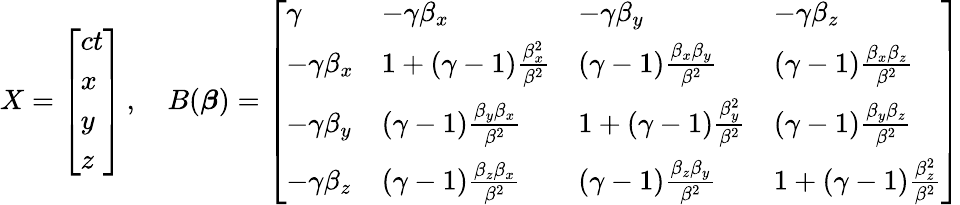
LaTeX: X={\left[\begin{array}{l}{ct}\\ {x}\\ {y}\\ {z}\end{array}\right]}\, ,\quad B({\boldsymbol{\beta}})={\left[\begin{array}{llll}{\gamma}&{-\gamma\beta_{x}}&{-\gamma\beta_{y}}&{-\gamma\beta_{z}}\\ {-\gamma\beta_{x}}&{1+(\gamma-1){\frac{\beta_{x}^{2}}{\beta^{2}}}}&{(\gamma-1){\frac{\beta_{x}\beta_{y}}{\beta^{2}}}}&{(\gamma-1){\frac{\beta_{x}\beta_{z}}{\beta^{2}}}}\\ {-\gamma\beta_{y}}&{(\gamma-1){\frac{\beta_{y}\beta_{x}}{\beta^{2}}}}&{1+(\gamma-1){\frac{\beta_{y}^{2}}{\beta^{2}}}}&{(\gamma-1){\frac{\beta_{y}\beta_{z}}{\beta^{2}}}}\\ {-\gamma\beta_{z}}&{(\gamma-1){\frac{\beta_{z}\beta_{x}}{\beta^{2}}}}&{(\gamma-1){\frac{\beta_{z}\beta_{y}}{\beta^{2}}}}&{1+(\gamma-1){\frac{\beta_{z}^{2}}{\beta^{2}}}}\end{array}\right]}